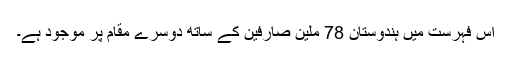
اس فہرست میں ہندوستان 78 ملین صارفین کے ساتھ دوسرے مقام پر موجود ہے۔